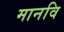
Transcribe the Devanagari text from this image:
मानवि